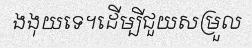
ងងុយទេ។ដើម្បីជួយសម្រួល